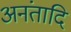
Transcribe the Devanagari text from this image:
अनंतादि